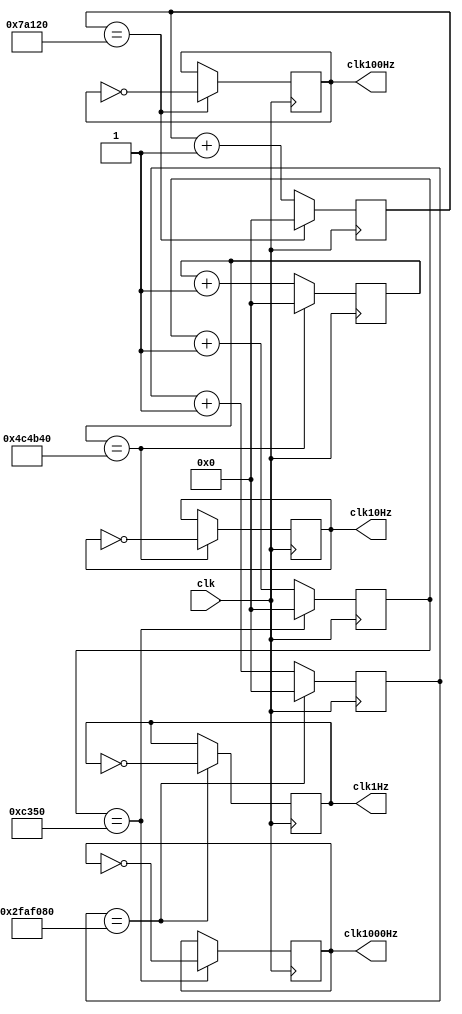
`timescale 1ns / 1ps
//////////////////////////////////////////////////////////////////////////////////
// Company: 
// Engineer: 
// 
// Design Name: 
// Module Name: FrequencyDivider
// Project Name: 
// Target Devices: 
// Tool Versions: 
// Description: 
// 
// Dependencies: 
// 
// Revision:
// Revision 0.01 - File Created
// Additional Comments:
// 
//////////////////////////////////////////////////////////////////////////////////



module FrequencyDivider (clk, clk1000Hz, clk100Hz, clk10Hz, clk1Hz);//
   input  clk;              // 
   output reg clk1000Hz;  // 1000Hz
   output reg clk100Hz;   //100Hz
   output reg clk10Hz;    //10Hz
   output reg clk1Hz;     // 1Hz
   parameter      N1000 = 50_000;          // 1000Hz,N=fclk/fclk_N
   parameter      N100 = 50_000_0;          // 1000Hz,N=fclk/fclk_N
   parameter      N10 = 50_000_00;          // 1000Hz,N=fclk/fclk_N
   parameter      N1 = 50_000_000;         // 1Hz,N=fclk/fclk_N
   
   reg [31:0] counter1000 = 0, counter100 = 0, counter10 = 0, counter1 = 0;  /* 
                                                              0(N/2-1)
                                                               */
   always @(posedge clk)  begin              // 
      if(counter1000==N1000) begin
         clk1000Hz <= ~clk1000Hz;
         counter1000 <= 32'h0;
      end            
      else 
        counter1000 <= counter1000 + 1;
   end
   
   always @(posedge clk)  begin              // 
      if(counter100==N100) begin
         clk100Hz <= ~clk100Hz;
         counter100 <= 32'h0;
      end            
      else 
        counter100 <= counter100 + 1;
   end
   
   always @(posedge clk)  begin              // 
      if(counter10==N10) begin
         clk10Hz <= ~clk10Hz;
         counter10 <= 32'h0;
      end            
      else 
        counter10 <= counter10 + 1;
   end
   
   always @(posedge clk)  begin              // 
      if(counter1==N1) begin
         clk1Hz <= ~clk1Hz;
         counter1 <= 32'h0;
      end            
      else 
        counter1 <= counter1 + 1;
   end
endmodule